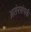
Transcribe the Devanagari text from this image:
अतंरसंपर्क